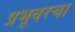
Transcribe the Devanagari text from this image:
प्रभूवरचा